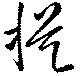
提